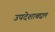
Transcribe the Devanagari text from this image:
उपदेशाबद्दल